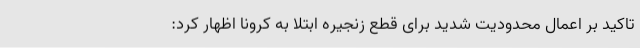
تاکید بر اعمال محدودیت شدید برای قطع زنجیره ابتلا به کرونا اظهار کرد: